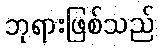
ဘုရားဖြစ်သည်